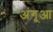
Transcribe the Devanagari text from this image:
अंगूआ